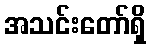
အသင်းတော်ရှိ